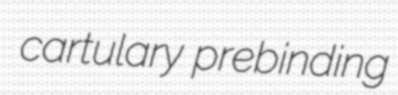
cartulary prebinding